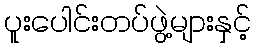
ပူးပေါင်းတပ်ဖွဲ့များနှင့်